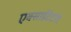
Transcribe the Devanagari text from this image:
एक्साईटेटोरी